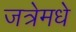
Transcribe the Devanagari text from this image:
जत्रेमधे